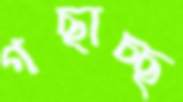
গছাচ্ছ